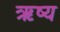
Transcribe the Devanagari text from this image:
ऋष्य